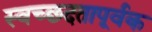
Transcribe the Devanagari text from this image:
स्वच्छदतापूर्वक